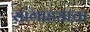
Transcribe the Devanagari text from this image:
सांगाड्याचा